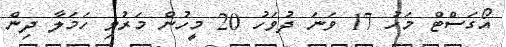
އޯގަސްޓް މަހު 17 ވަނަ ދުވަހު 20 މީހުން މަރުވި ހަމަލާ ދިން